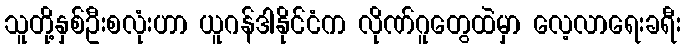
သူတို့နှစ်ဦးစလုံးဟာ ယူဂန်ဒါနိုင်ငံက လိုဏ်ဂူတွေထဲမှာ လေ့လာရေးခရီး